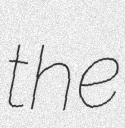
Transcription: the